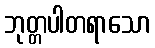
ဘုတ္တပါတရာသော